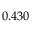
0 . 4 3 0 ^ { }